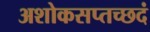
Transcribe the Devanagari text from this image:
अशोकसप्तच्छदं